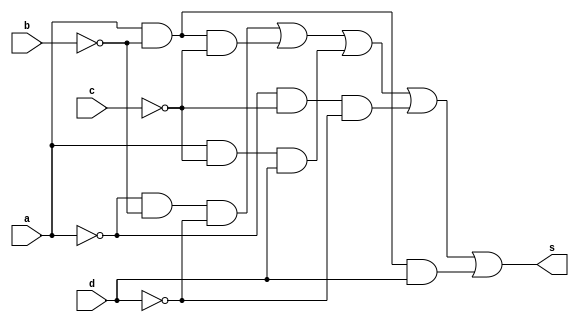

// ---------------------
// Exercicio 02 - Circuito 02
// Nome: Jssica Daniela
// ---------------------

module exercicio02 (s,a,b,c,d);
input a,b,c,d;
output s;
wire q1,q2,q3,q4,q5,q6,q7,q8,q9;
not NOT1 (q1,a);
not NOT2 (q2,b);
not NOT3 (q3,c);
not NOT4 (q4,d);
and AND1 (q5,q1,q2,q4);
and AND2 (q6,a,q2,q3);
and AND3 (q7,a,q3,d);
and AND4 (q8,q1,q3,q4);
and AND5 (q9,a,q2,d);
or OR1 (s,q5,q6,q7,q8,q9);
endmodule //exercicio02

module testeexercicio02;
reg a,b,c,d;
wire s;
exercicio02 EX2 (s,a,b,c,d);
initial begin: start
a=0; b=0; c=0; d=0;
end
initial begin: main
$display("Jessica Daniela - 407450");
$display("Exercicio 02");
$display("\n | a | b | c | d | = | s |\n");
$monitor(" | %b | %b | %b | %b | = | %b |",a,b,c,d,s);
#1 a=0; b=0; c=0; d=1;
#1 a=0; b=0; c=1; d=0;
#1 a=0; b=0; c=1; d=1;
#1 a=0; b=1; c=0; d=0;
#1 a=0; b=1; c=0; d=1;
#1 a=0; b=1; c=1; d=0;
#1 a=0; b=1; c=1; d=1;
#1 a=1; b=0; c=0; d=0;
#1 a=1; b=0; c=0; d=1;
#1 a=1; b=0; c=1; d=0;
#1 a=1; b=0; c=1; d=1;
#1 a=1; b=1; c=0; d=0;
#1 a=1; b=1; c=0; d=1;
#1 a=1; b=1; c=1; d=0;
#1 a=1; b=1; c=1; d=1;
end
endmodule //testeexercicio02